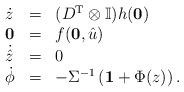
LaTeX: \begin{align*}\begin{array}{lllll}\dot{z} & = & (D^{\mathrm{T}}\otimes\mathbb{I})h(\mathbf{0})\\\mathbf{0} & = & f(\mathbf{0},\hat u) \\\dot{\hat{z}} &=& 0\\\dot{\phi} & = & -\Sigma^{-1}\left(\mathbf{1}+ \Phi(z)\right).\end{array}\end{align*}